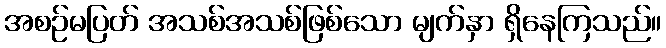
အစဉ်မပြတ် အသစ်အသစ်ဖြစ်သော မျက်နှာ ရှိနေကြသည်။